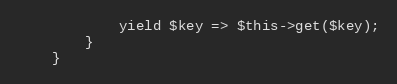
Language: PHP
            yield $key => $this->get($key);
        }
    }